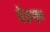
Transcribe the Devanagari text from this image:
देहाड़ा